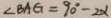
\angle B A G = 9 0 ^ { \circ } - 2 \alpha